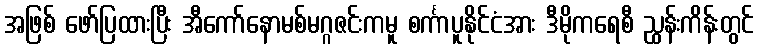
အဖြစ် ဖော်ပြထားပြီး အီကော်နောမစ်မဂ္ဂဇင်းကမူ စင်္ကာပူနိုင်ငံအား ဒီမိုကရေစီ ညွှန်းကိန်းတွင်